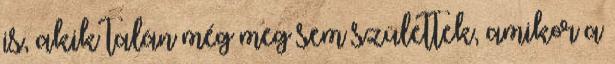
is, akik talán még meg sem születtek, amikor a